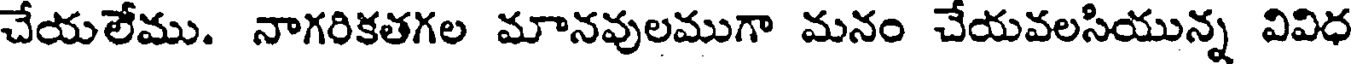
చేయలేము. నాగరికతగల మానవులముగా మనం చేయవలసియున్న వివిధ